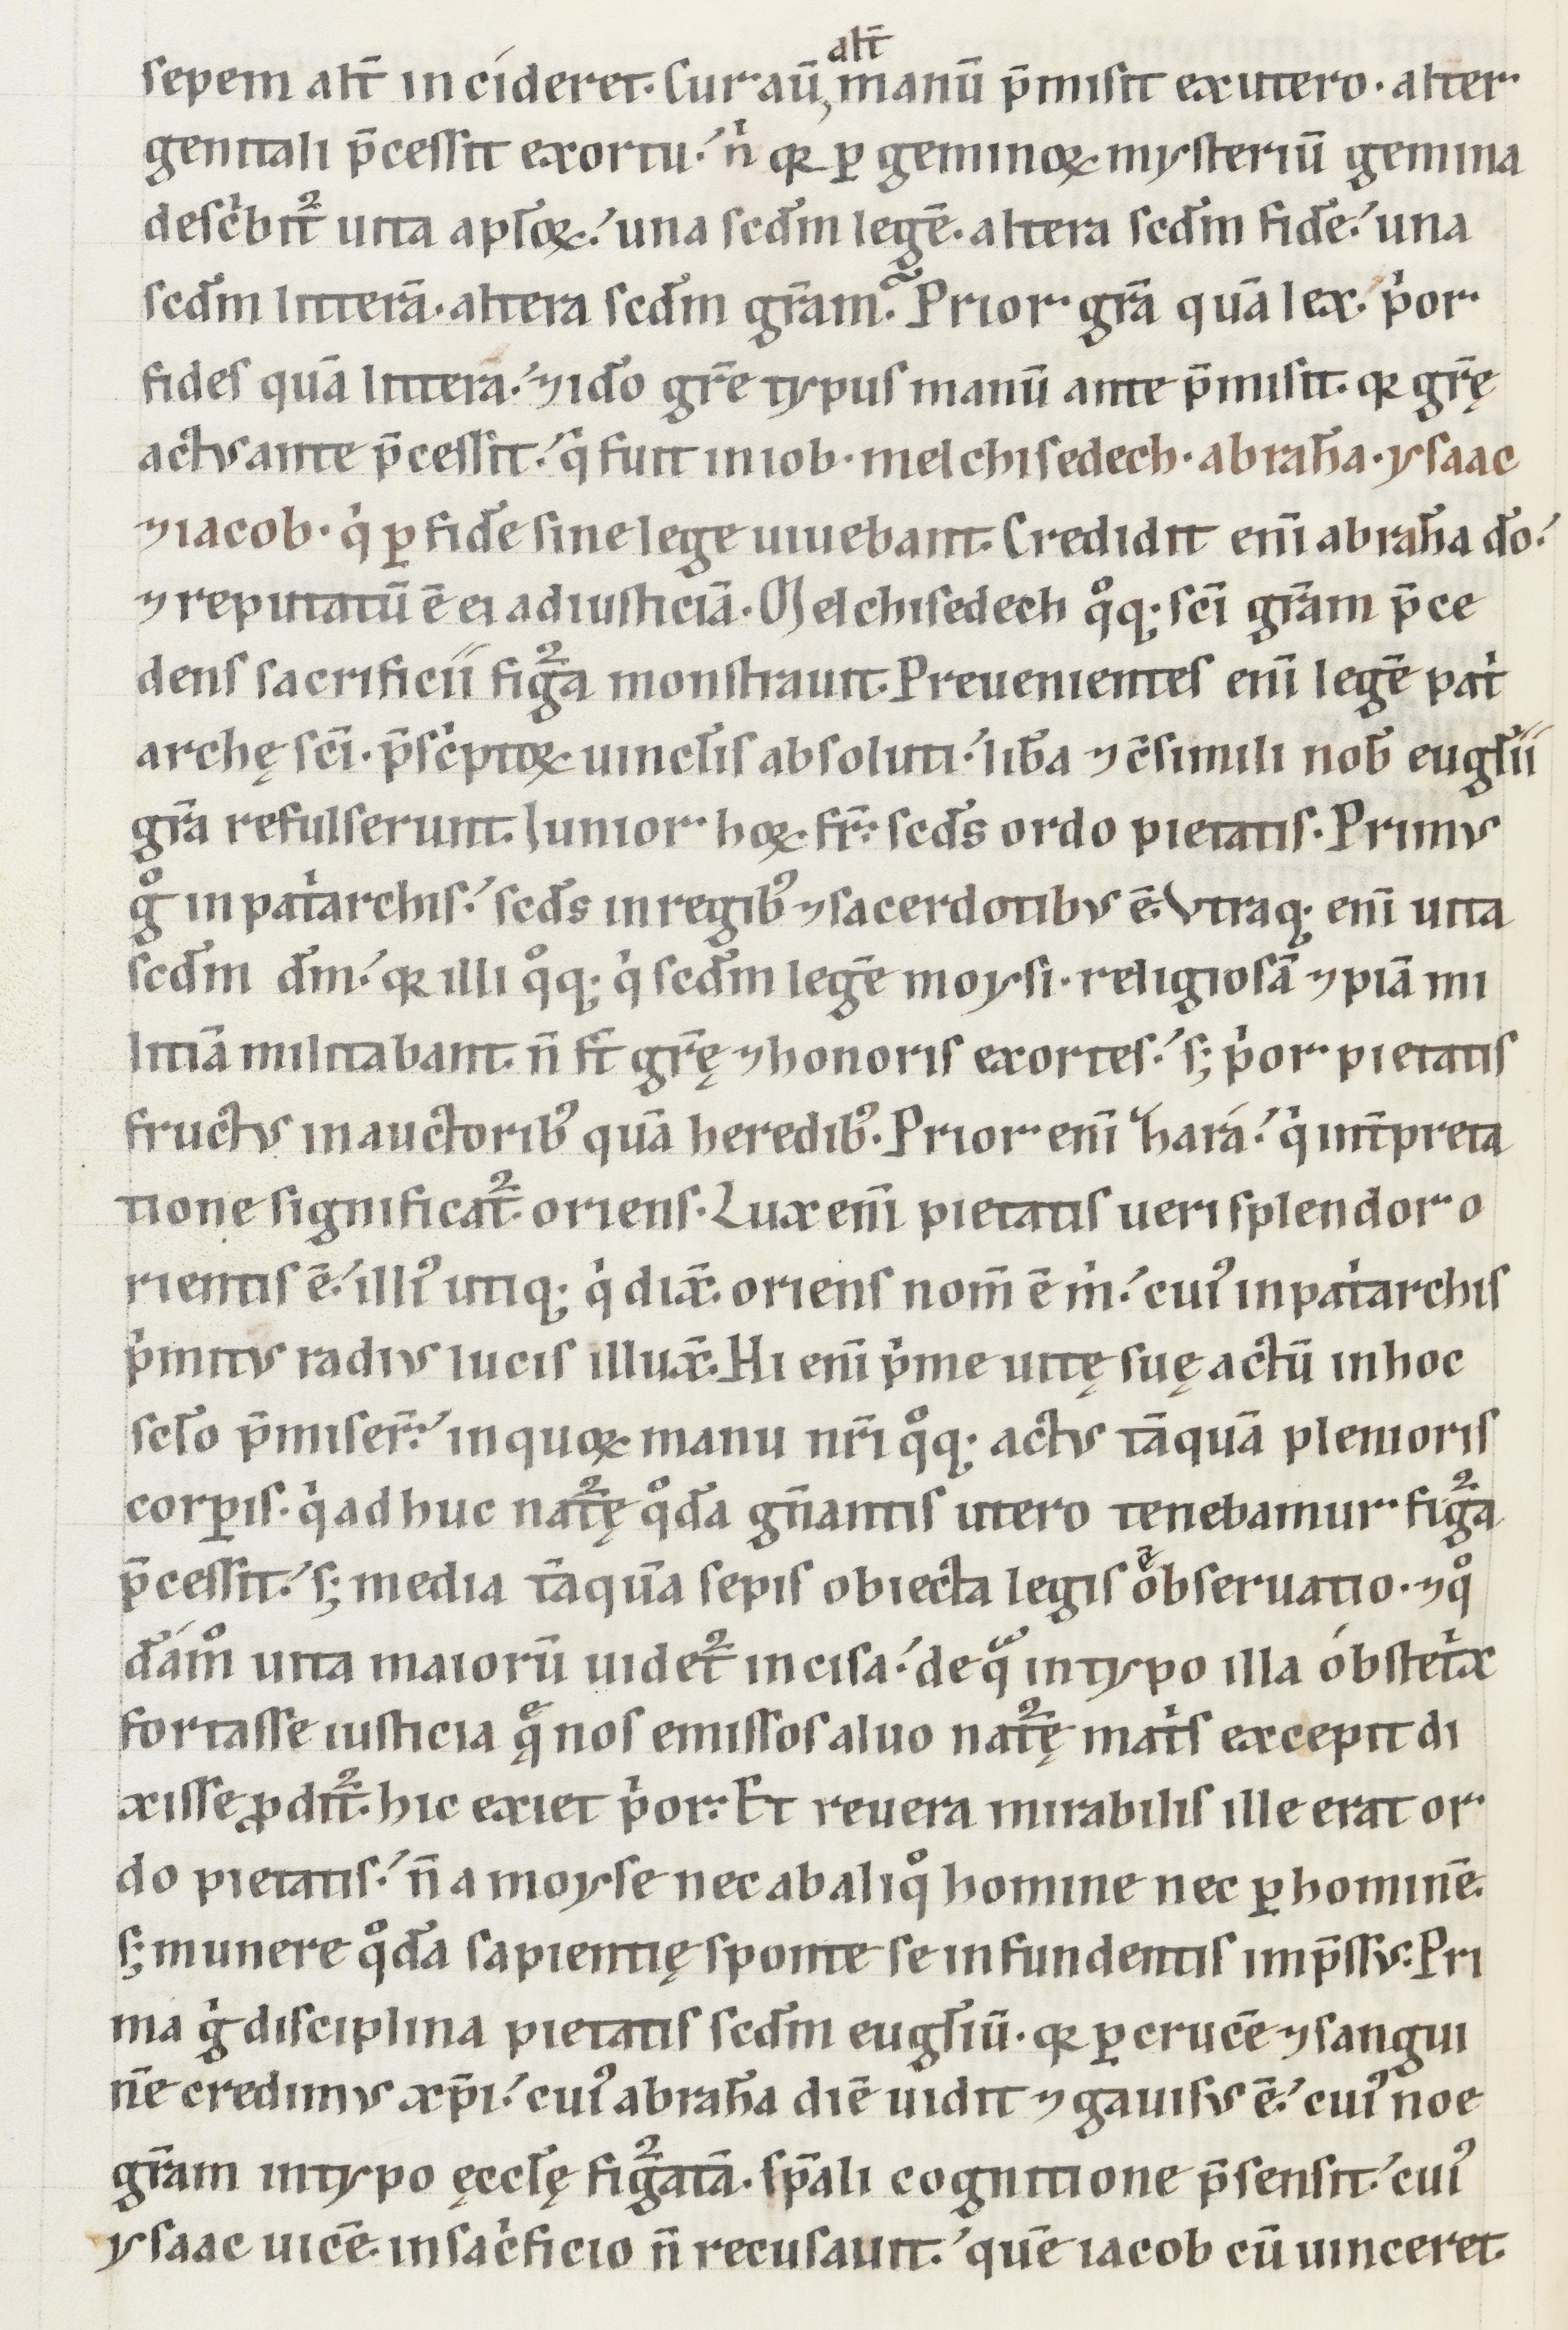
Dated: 1100–1199